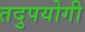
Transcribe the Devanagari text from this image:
तदुपयोगी